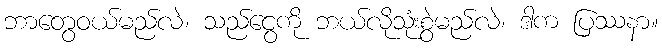
ဘာတွေဝယ်မည်လဲ၊ သည်ငွေကို ဘယ်လိုသုံးစွဲမည်လဲ၊ ဒါက ပြဿနာ။